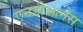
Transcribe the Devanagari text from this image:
एनडीआनेस